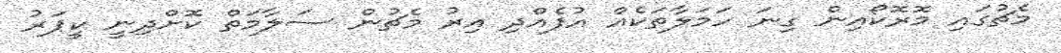
މެޗުގައި މޮރޮކޯއިން ގިނަ ހަމަލާތަކެއް އުފެއްދި އިރު މެޗުން ސަލާމަތް ކޮށްދިނީ ކީޕަރު